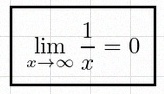
\lim_{x\to\infty}\frac{1}{x}=0